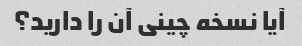
آیا نسخه چینی آن را دارید؟